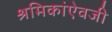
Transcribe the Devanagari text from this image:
श्रमिकांऐवजी